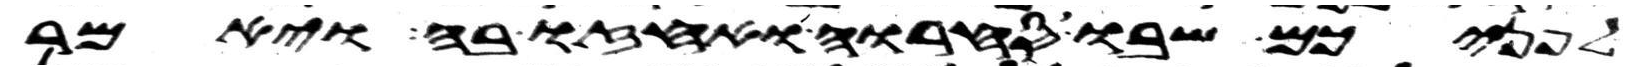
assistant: לפניכם שבו סחרו ואחזו בה ויאמר